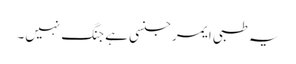
یہ طبی ایمرجنسی ہے جنگ نہیں۔